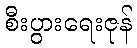
စီးပွားရေးဇုန်